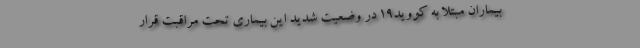
بیماران مبتلا به کووید۱۹ در وضعیت شدید این بیماری تحت مراقبت قرار